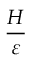
\frac { H } { \varepsilon }